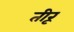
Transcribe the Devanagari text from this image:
तीरू